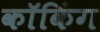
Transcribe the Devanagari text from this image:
कॉकिंग